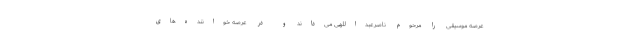
عرصه موسیقی را مرحوم ناصرعبداللهی می‌داند و در عرصه ‌خواننده‌‌های